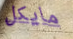
مايكل